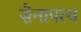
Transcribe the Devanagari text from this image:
सैनापत्य